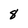
Character: 8